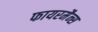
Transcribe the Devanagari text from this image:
फायरमैन्स